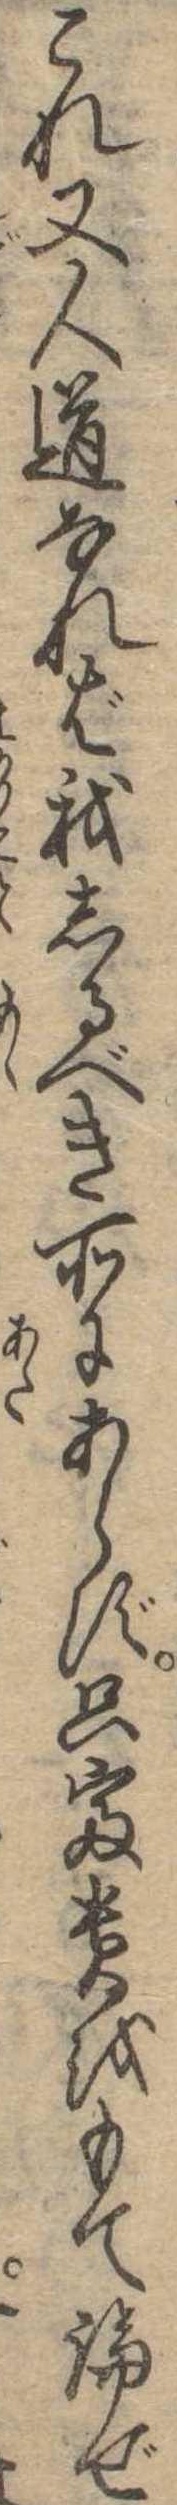
これ又人道なれば我しるべき所にあらず只富貴をもて論ぜ